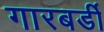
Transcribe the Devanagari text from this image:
गारबर्डी